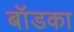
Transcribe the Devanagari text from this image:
बॉडका